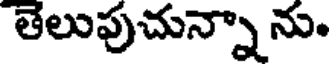
తెలుపుచున్నా ను.